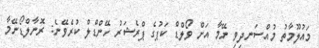
މައުލޫމާތު މުއްސަނދިވި ނޭމާ އަށް ވޯލްޑް ކަޕުގެ ޕްރެޝަރު ހޭންޑްލް ކުރެވޭނެ: ރޮނާލްޑޯނޭމާ